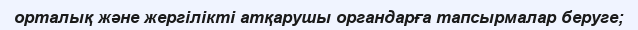
орталық және жергілікті атқарушы органдарға тапсырмалар беруге;